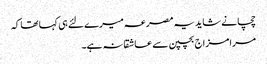
چچا نے شاید یہ مصرعہ میرے لئے ہی کہا تھا کہ
مرا مزاج بچپن سے عاشقانہ ہے۔